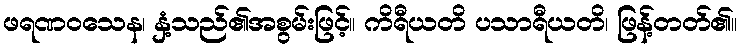
ဖရဏဝသေန၊ နှံ့သည်၏အစွမ်းဖြင့်။ ကိရီယတိ ပသာရီယတိ၊ ဖြန့်တတ်၏။